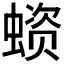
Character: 𧏗